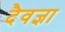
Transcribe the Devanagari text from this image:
दैवज्ञा